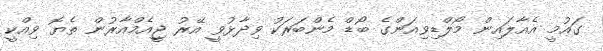
ގައުމީ އެއާލައިން މޯލްޑިވިއަންގެ ބޯޑް މެންބަރަކު ވިދާޅުވީ އޭރު ޖީއެމްއާރުން ތެޔޮ ވިއްކީ